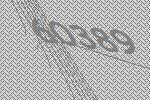
60389